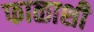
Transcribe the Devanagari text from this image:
फाळाशी